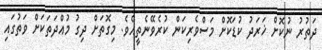
ދަތުރު ނުކޮށް ޚަރަދު ކުޑަކޮށް މަސްވެރިކަން ކުރެވޭނެތީއެވެ. މިގޮތަށް ދިގު މުއްދަތަކަށް ވަތުގައި